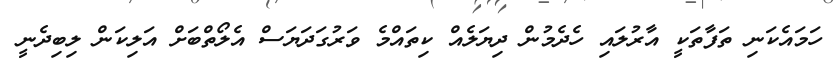
ހަމައެކަނި ތަފާތަކީ އާރުލައި ހެދެމުން ދިޔަލެއް ކިތައްމެ ވަރުގަދަޔަސް އެލޯތްބަށް އަލިކަން ލިބިދެނީ